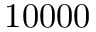
1 0 0 0 0